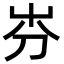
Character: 㞣